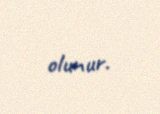
olunur.